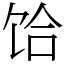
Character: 饸